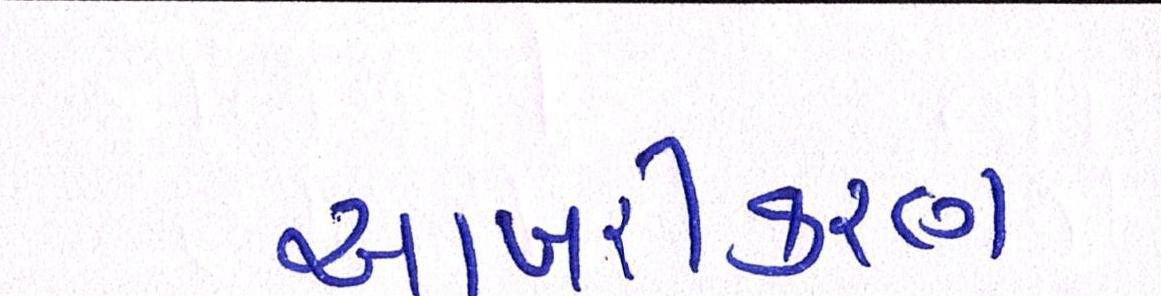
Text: આખરીકરણ